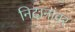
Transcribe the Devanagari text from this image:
निदानांवर